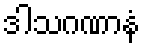
ဒါသဂဏာနံ